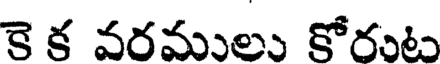
కె క వరములు కోరంట